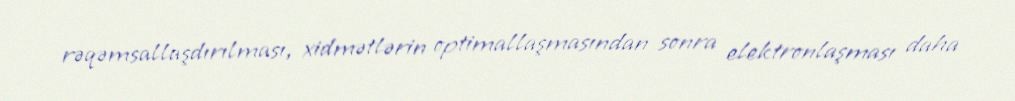
rəqəmsallaşdırılması, xidmətlərin optimallaşmasından sonra elektronlaşması daha